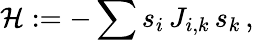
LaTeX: {\mathcal{H}}:=-\sum s_{i}\, J_{i,k}\, s_{k}\, ,